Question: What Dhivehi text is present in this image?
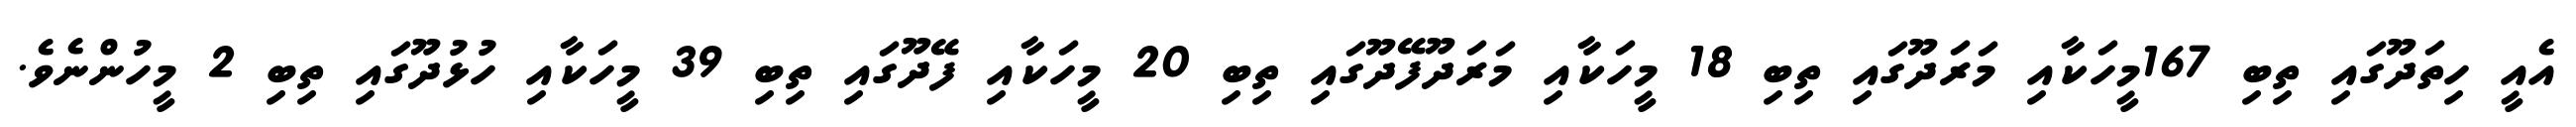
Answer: އެއީ ހިތަދޫގައި ތިބި 167މީހަކާއި މަރަދޫގައި ތިބި 18 މީހަކާއި މަރަދޫފޭދޫގައި ތިބި 20 މީހަކާއި ފޭދޫގައި ތިބި 39 މީހަކާއި ހުޅުދޫގައި ތިބި 2 މީހުންނެވެ.